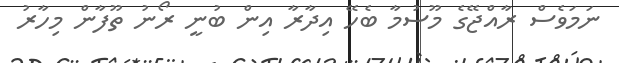
ނަމަވެސް ރާއްޖޭގެ މޫސުމާ ބެހޭ އިދާރާ އިން ބުނީ ރޯނު ތޫފާން މިހާރު